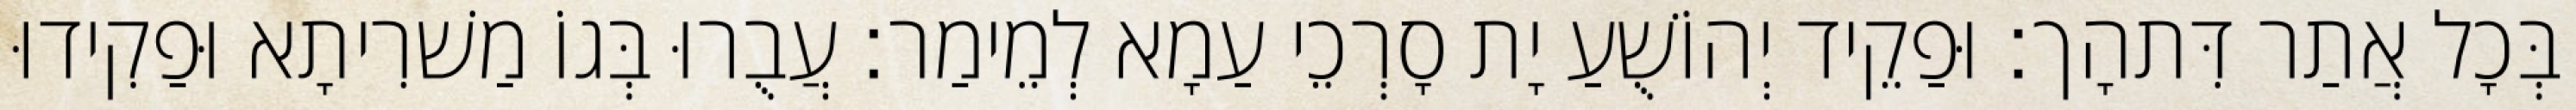
בְּכָל אֲתַר דִּתהָך׃ וּפַקֵיד יְהוֹשֻׁעַ יָת סָרְכֵי עַמָא לְמֵימַר׃ עֲבֻרוּ בְּגוֹ מַשׁרִיתָא וּפַקִידוּ